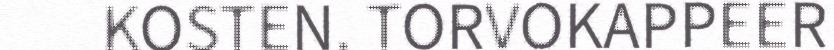
KOSTEN. TORVOKAPPEER